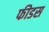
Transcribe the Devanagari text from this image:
फीडस